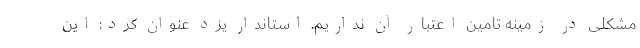
مشکلی در زمینه تامین اعتبار آن نداریم. استاندار یزد عنوان کرد: این